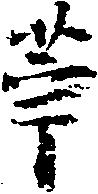
苧